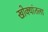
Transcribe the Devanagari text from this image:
खोक्यांतला